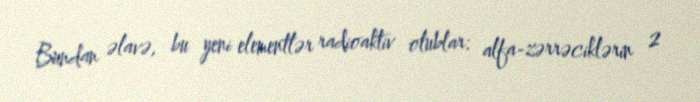
Bundan əlavə, bu yeni elementlər radioaktiv olublar: alfa-zərrəciklərin 2